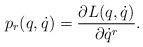
LaTeX: \begin{align*}p_r(q,\dot q) = \frac{\partial L(q,\dot q)}{\partial \dot q^r} .\end{align*}